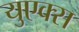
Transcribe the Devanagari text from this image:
युएक्स